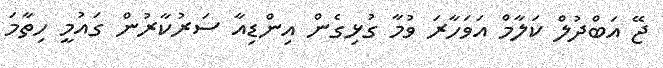
ޖޭ އަބްދުލް ކަލާމް އަވަހާރަ ވުމާ ގުޅިގެން އިންޑިއާ ސަރުކާރުން ގައުމީ ހިތާމަ